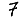
Digit: 7